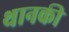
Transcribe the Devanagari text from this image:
थानकी